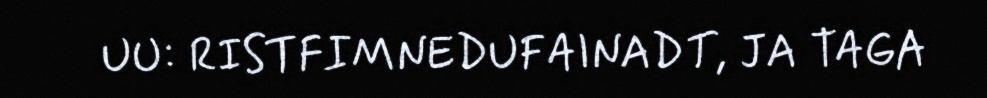
UU: RISTFIMNEDUFAINADT, JA TAGA